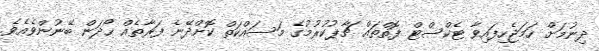
ދިނުމަށް ހަމަޖެހިފައިވާ ޓެކްސްޓް ފޮތްތައް ޗާޕުކުރުމުގެ މަސައްކަތް ކޮށްދޭނެ ފަރާތެއް ހޯދަން ބޭނުންވެއެވެ.